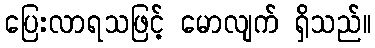
ပြေးလာရသဖြင့် မောလျက် ရှိသည်။